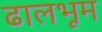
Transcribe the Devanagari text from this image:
ढालभूम